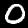
Label: 0